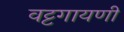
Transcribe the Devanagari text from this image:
वट्टगायणी